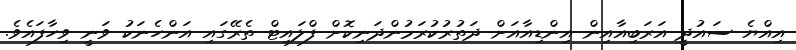
އިއްޔެ ސައުދީ އަރަބިއާއިން އިންޑިއާއަށް ދަތުރުކުރަމުންދަނިކޮށް ފްލައިޓް ތެރޭގައި އަންހެނަކު ވަނީ ވިހާފައެވެ.